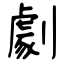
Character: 劇